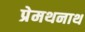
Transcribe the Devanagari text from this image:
प्रेमथनाथ